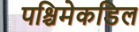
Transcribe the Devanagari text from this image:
पश्चिमेकडिल